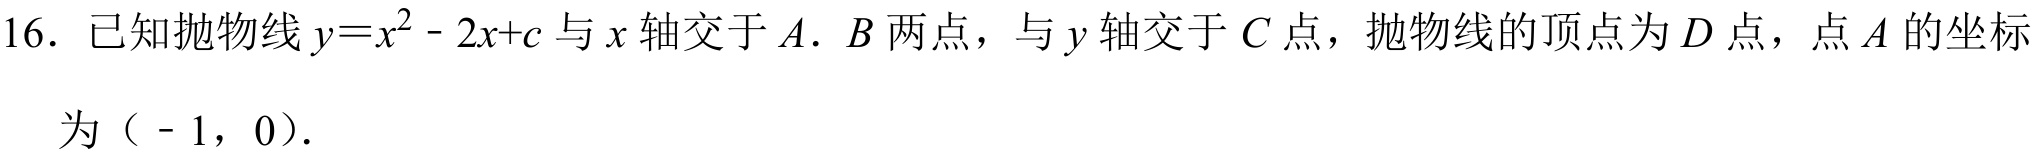
16. 已知抛物线\(y = x^{2}-2x + c\)与\(x\)轴交于\(A\). \(B\)两点，与\(y\)轴交于\(C\)点，抛物线的顶点为\(D\)点，点\(A\)的坐标
为（\(-1\)，0）.